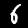
Digit: 6